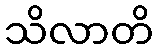
သိလာတိ